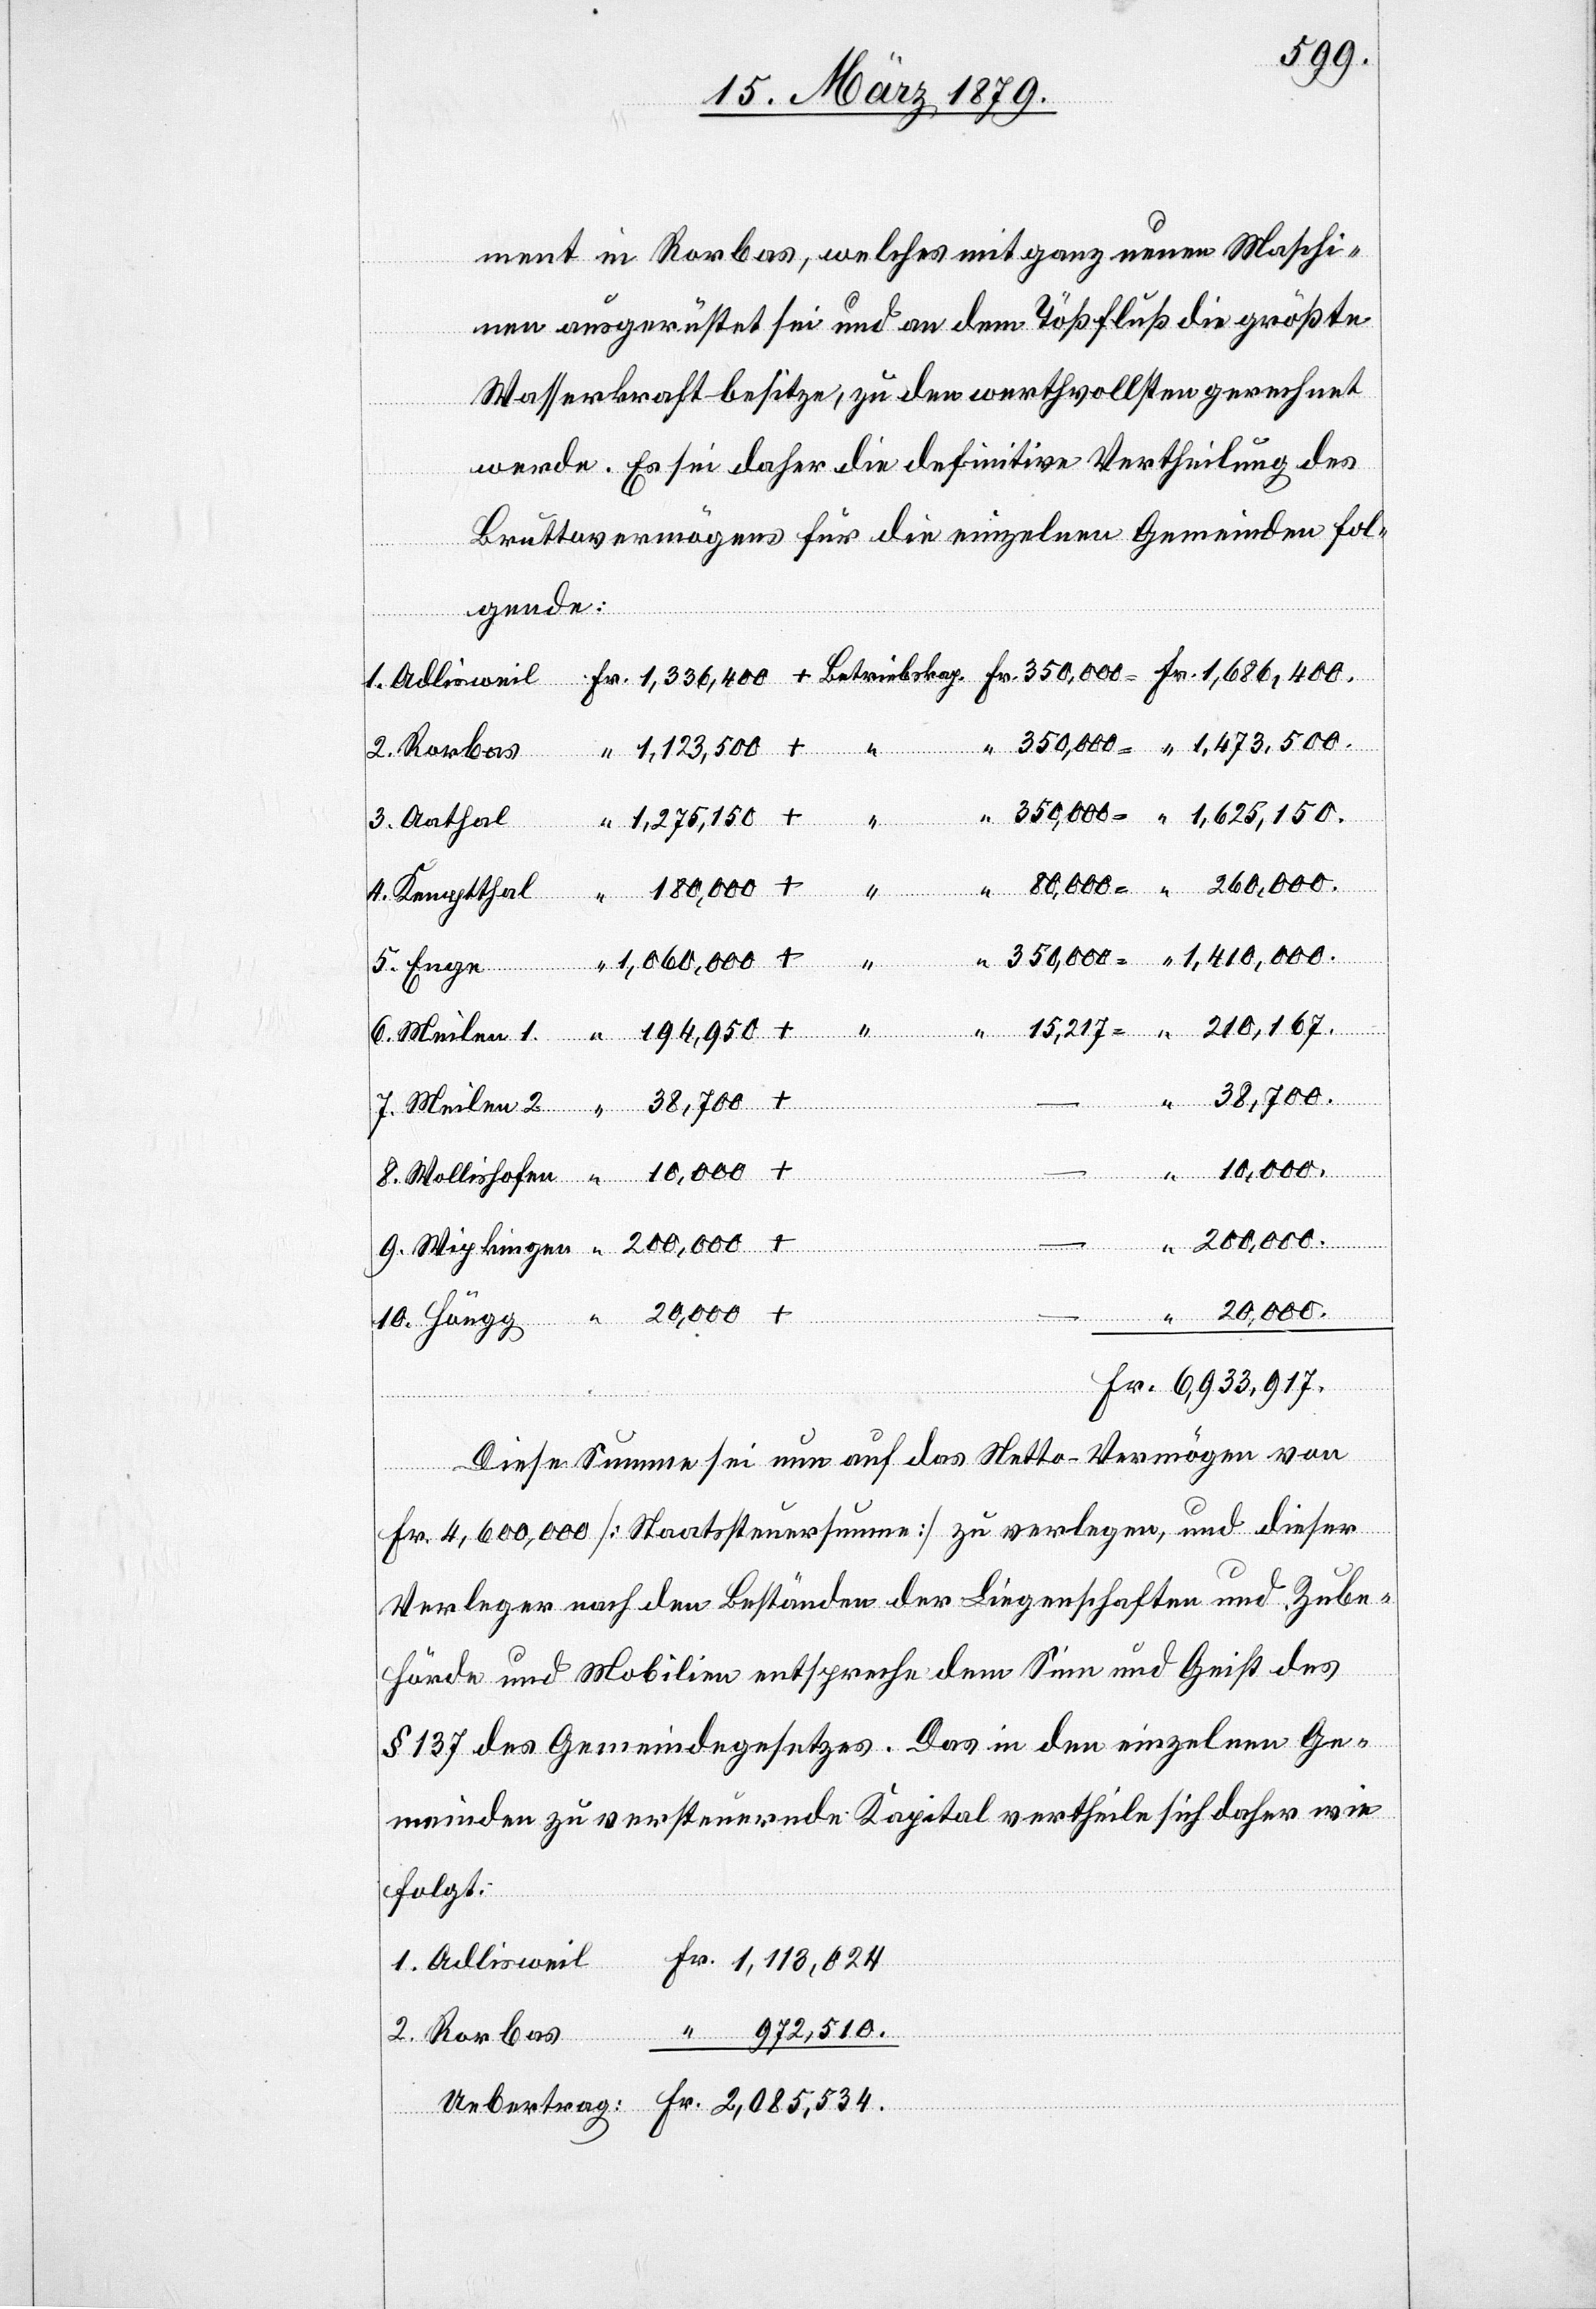
ment in Rorbas, welches mit ganz neuen Maschi¬
nen ausgerüstet sei und an dem Tößfluß die größte
Wasserkraft besitze, zu den werthvollsten gerechnet
werde. Es sei daher die definitive Vertheilung des
Bruttovermögens für die einzelnen Gemeinden fol¬
“
gende:
2. Rorbas
Wollis¬
3. Aathal
Fr.
4. Kemptthal
5. Enge
1,410,000.
1,060,000.
20,000.
+
–
Diese Summe sei nun auf das Netto-Vermögen von
Höngg
Fr. 4,600,000 [Staatssteuersumme] zu verlegen, und dieser
Verleger nach den Beständen der Liegenschaften und Zube¬
hörde und Mobilien entspreche dem Sinn und Geist des
§ 137 des Gemeindegesetzes. Das in den einzelnen Ge¬
meinden zu versteuernde Kapital vertheile sich daher wie
folgt:
1. Adlisweil
hofen
972,510.